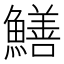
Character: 鱔